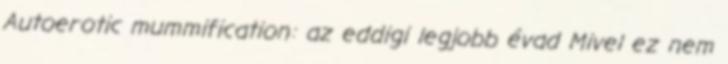
Autoerotic mummification: az eddigi legjobb évad Mivel ez nem